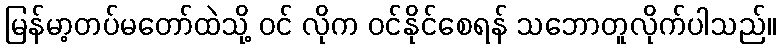
မြန်မာ့တပ်မတော်ထဲသို့ ဝင် လိုက ဝင်နိုင်စေရန် သဘောတူလိုက်ပါသည်။